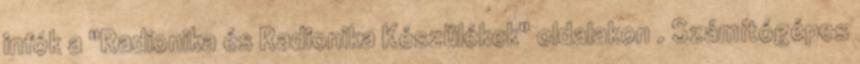
infók a "Radionika és Radionika Készülékek" oldalakon . Számítógépes